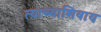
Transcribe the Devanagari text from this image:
त्याच्याशिवाय